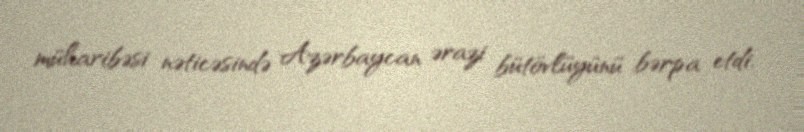
müharibəsi nəticəsində Azərbaycan ərazi bütövlüyünü bərpa etdi.